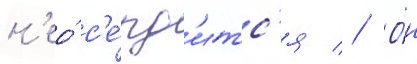
н'ео́ с'е́рд'итс'я // О́н